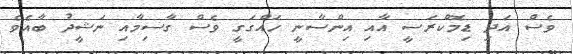
ވެސް އަދި ޑިމޮކްރަސީ އާއި އިންސާނީ ހައްގަގީ ވެސް ގާސިމާއި ނަޝީދު ބާއެވެ